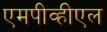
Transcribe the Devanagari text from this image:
एमपीव्हीएल